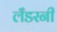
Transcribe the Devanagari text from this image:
लँडरनी